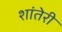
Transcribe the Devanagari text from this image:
शांतेरी